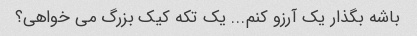
باشه بگذار یک آرزو کنم... یک تکه کیک بزرگ می خواهی؟